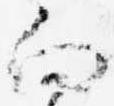
向